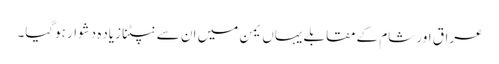
عراق اور شام کے مقابلے یہاں یمن میں ان سے نپٹنا زیاده دشوار ہوگیا۔